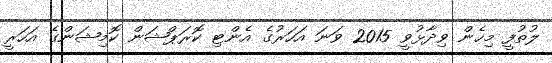
ލުތުފީ މިހެން ވިދާޅުވީ 2015 ވަނަ އަހަރުގެ އެންޓި ކޮރަޕްޝަން ކޮމިޝަންގެ އަހަރީ